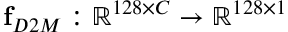
\mathbf { f } _ { D 2 M } : \mathbb { R } ^ { 1 2 8 \times C } \rightarrow \mathbb { R } ^ { 1 2 8 \times 1 }